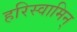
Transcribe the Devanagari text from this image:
हरिस्वामिन्